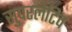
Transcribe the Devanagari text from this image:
सुपरलेटिव